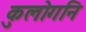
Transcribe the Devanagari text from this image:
कुलोगनि